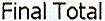
FINAL TOTAL